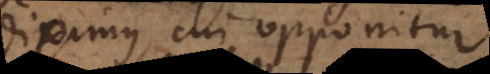
diximus, cui opponitur.